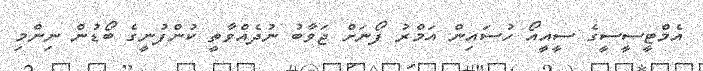
އެމްޓީސީސީގެ ސީއީއޯ ހުސައިން އަމްރު ފޯނަށް ޖަވާބު ނުދެއްވާތީ ކުންފުނީގެ ބޯޑުން ނިންމި